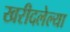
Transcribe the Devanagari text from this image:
खरीदलेल्या